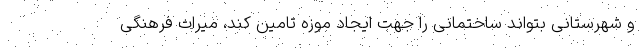
و شهرستانی بتواند ساختمانی را جهت ایجاد موزه تامین کند، میراث فرهنگی